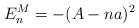
\begin{align*}E_n^M=-(A-na)^2\end{align*}